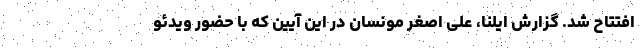
افتتاح شد. گزارش ایلنا، علی اصغر مونسان در این آیین که با حضور ویدئو